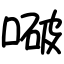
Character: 㗞